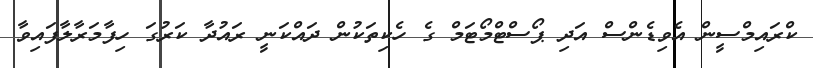
ކްރައިމްސީން އެވިޑެންސް އަދި ޕޯސްޓްމޯޓަމް ގެ ހެކިތަކުން ދައްކަނީ ރައުދާ ކަރުގަ ހިފާމަރާލާފައިވާ